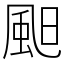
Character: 䫻